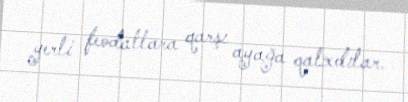
yerli feodallara qarşı ayağa qalxdılar.